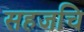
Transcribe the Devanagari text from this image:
सहजचि